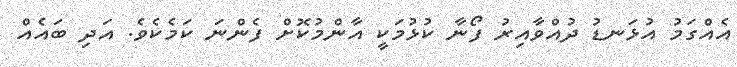
އެއްގަމު އުޅަނޑު ދުއްވާއިރު ފޯނާ ކުޅުމަކީ އާންމުކޮށް ފެންނަ ކަމެކެވެ. އަދި ބައެއް